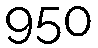
950